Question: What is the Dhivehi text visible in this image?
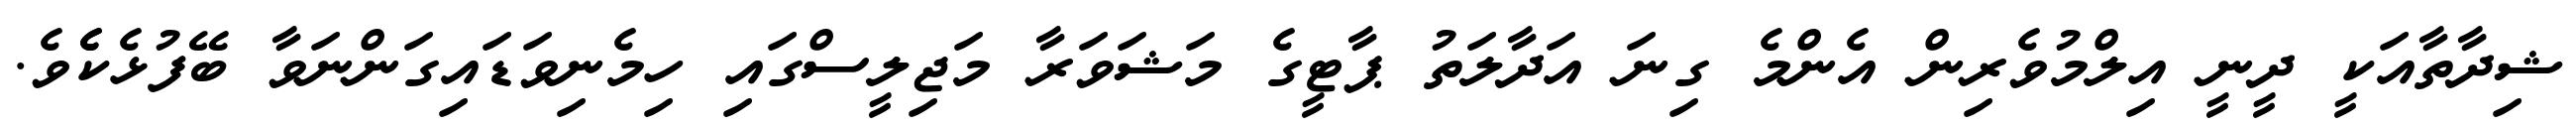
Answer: ޝިދާތާއަކީ ދީނީ އިލްމުވެރިން އެންމެ ގިނަ އަދާލަތު ޕާޓީގެ މަޝަވަރާ މަޖިލީސްގައި ހިމެނިވަޑައިގަންނަވާ ބޭފުޅެކެެވެ.